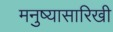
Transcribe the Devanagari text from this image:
मनुष्यासारिखी